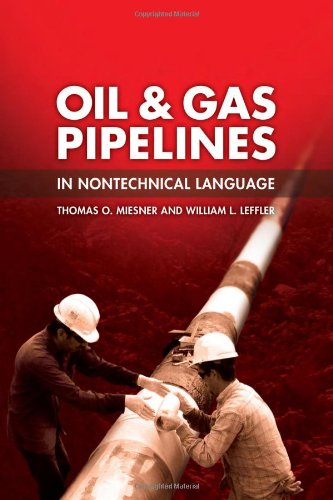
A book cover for Oil & Gas Pipelines in Nontechnical Language; Thomas O. Miesner; Engineering & Transportation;